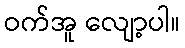
ဝက်အူ လျော့ပါ။